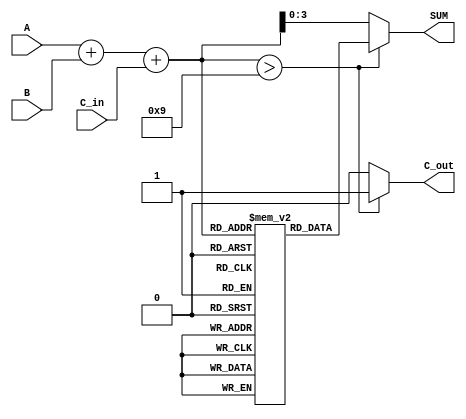
module BCD_LUT_Adder (
    input  [3:0] A,        // 4-bit BCD input A
    input  [3:0] B,        // 4-bit BCD input B
    input        C_in,      // Carry-in
    output [3:0] SUM,       // 4-bit BCD output SUM
    output       C_out       // Carry-out
);

    // Temporary sum to hold the result of A + B + C_in
    wire [4:0] TEMP_SUM;

    // Calculate TEMP_SUM
    assign TEMP_SUM = A + B + C_in;

    // Carry-out logic
    assign C_out = (TEMP_SUM > 4'b1001) ? 1'b1 : 1'b0;

    // LUT for BCD correction, mapped from TEMP_SUM (0-19)
    reg [3:0] LUT [0:19];

    initial begin
        // Initializing LUT with values according to BCD correction
        LUT[0]  = 4'b0000; // 0
        LUT[1]  = 4'b0001; // 1
        LUT[2]  = 4'b0010; // 2
        LUT[3]  = 4'b0011; // 3
        LUT[4]  = 4'b0100; // 4
        LUT[5]  = 4'b0101; // 5
        LUT[6]  = 4'b0110; // 6
        LUT[7]  = 4'b0111; // 7
        LUT[8]  = 4'b1000; // 8
        LUT[9]  = 4'b1001; // 9
        LUT[10] = 4'b0000; // 10 (corrected)
        LUT[11] = 4'b0001; // 11 (corrected)
        LUT[12] = 4'b0010; // 12 (corrected)
        LUT[13] = 4'b0011; // 13 (corrected)
        LUT[14] = 4'b0100; // 14 (corrected)
        LUT[15] = 4'b0101; // 15 (corrected)
        LUT[16] = 4'b0110; // 16 (corrected)
        LUT[17] = 4'b0111; // 17 (corrected)
        LUT[18] = 4'b1000; // 18 (corrected)
        LUT[19] = 4'b1001; // 19 (corrected)
    end

    // Corrected SUM based on TEMP_SUM
    assign SUM = (TEMP_SUM > 4'b1001) ? LUT[TEMP_SUM] : TEMP_SUM[3:0];

endmodule